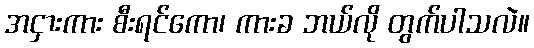
အငှားကား စီးရင်ကော၊ ကားခ ဘယ်လို တွက်ပါသလဲ။